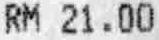
RM 21.00